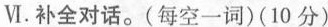
Ⅵ.补全对话.(每空一词)(10 分)